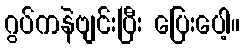
ဂွပ်ကနဲဗျင်းပြီး ပြေးပေါ့။